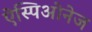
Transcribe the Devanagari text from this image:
ऐस्पिओनेज